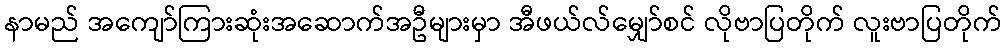
နာမည် အကျော်ကြားဆုံးအဆောက်အဦများမှာ အီဖယ်လ်မျှော်စင် လိုဗာပြတိုက် လူးဗာပြတိုက်